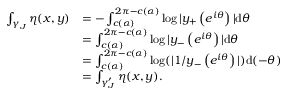
\begin{array} { r l } { \int _ { \gamma _ { J } } \eta ( x , y ) } & { = - \int _ { c ( \alpha ) } ^ { 2 \pi - c ( \alpha ) } \log | y _ { + } \left( e ^ { i \theta } \right) | \mathrm d \theta } \\ & { = \int _ { c ( \alpha ) } ^ { 2 \pi - c ( \alpha ) } \log | y _ { - } \left( e ^ { i \theta } \right) | \mathrm d \theta } \\ & { = \int _ { c ( \alpha ) } ^ { 2 \pi - c ( \alpha ) } \log ( | 1 / y _ { - } \left( e ^ { i \theta } \right) | ) \mathrm d ( - \theta ) } \\ & { = \int _ { \gamma _ { J } ^ { \prime } } \eta ( x , y ) . } \end{array}